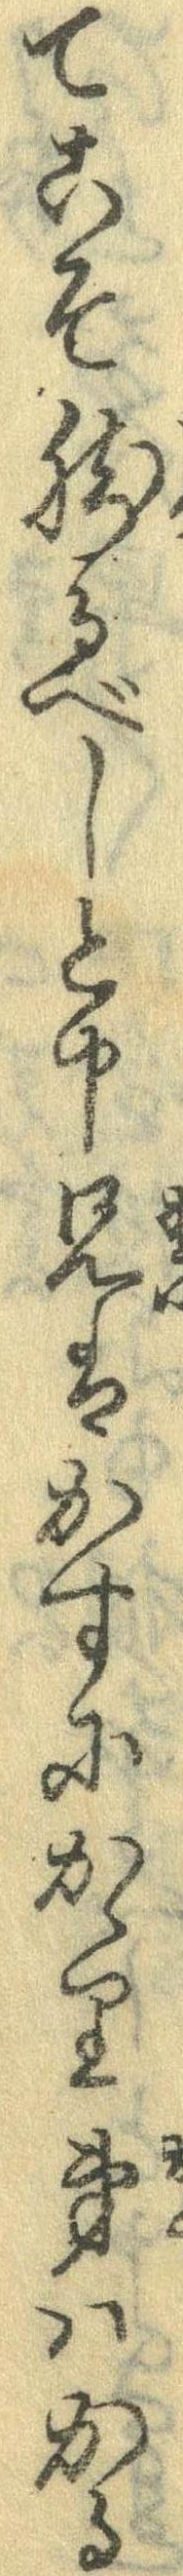
てこそ然るべしと申兄はかすにかゝり弟はかる